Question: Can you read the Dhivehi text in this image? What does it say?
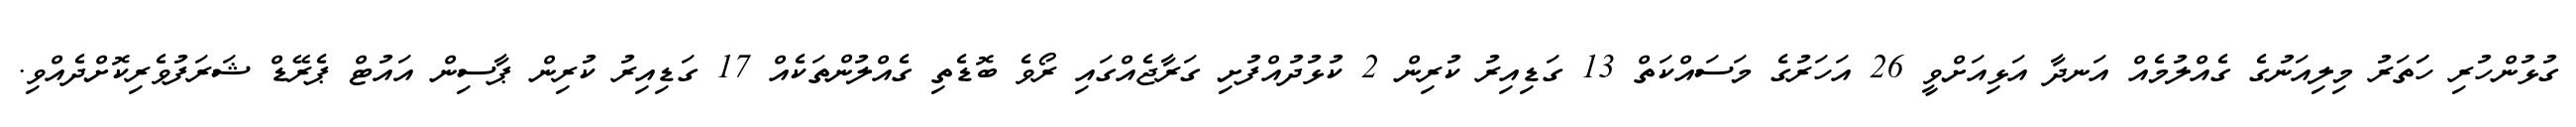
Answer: ގުޅުންހުރި ހަަތަރު މިލިއަނުގެ ގެއްލުމެއް އަނދާ އަޅިއަށްވީ 26 އަހަރުގެ މަސައްކަތް 13 ގަޑިއިރު ކުރިން 2 ކުޅުދުއްފުށި ގަރާޖެއްގައި ރޯވެ ބޮޑެތި ގެއްލުންތަކެއް 17 ގަޑިއިރު ކުރިން ޕާސިން އައުޓް ޕެރޭޑް ޝަރަފުވެރިކޮށްދެއްވި.